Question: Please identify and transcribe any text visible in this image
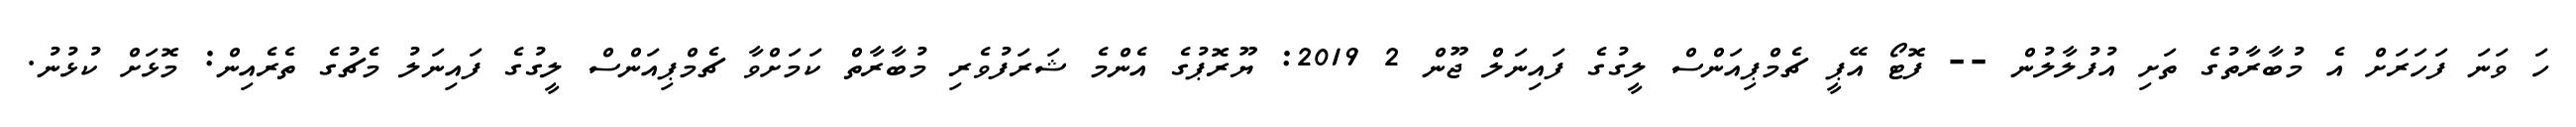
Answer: ހަ ވަނަ ފަހަރަށް އެ މުބާރާތުގެ ތަށި އުފުލާލުން -- ފޮޓޯ އޭޕީ ޗެމްޕިއަންސް ލީގުގެ ފައިނަލް ޖޫން 2 2019: ޔޫރޮޕުގެ އެންމެ ޝަރަފުވެރި މުބާރާތް ކަމަށްވާ ޗެމްޕިއަންސް ލީގުގެ ފައިނަލު މެޗުގެ ތެރެއިން: މޮޅަށް ކުޅުނު.